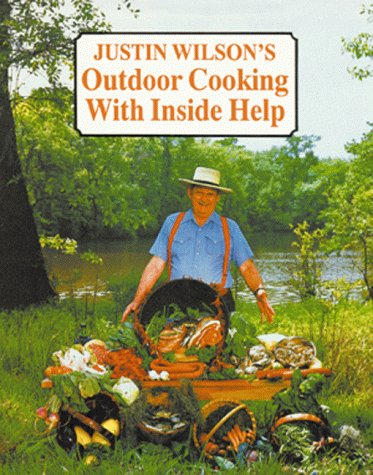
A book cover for Justin Wilson's Outdoor Cooking with Inside Help; Justin Wilson; Cookbooks, Food & Wine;